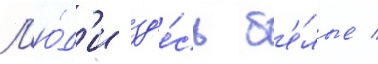
Л'ю́д'и зд'е́сь б'е́лые /